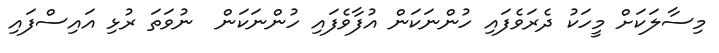
މިސާލަކަށް މީހަކު ދެރަވެފައި ހުންނަކަން އުފާވެފައި ހުންނަކަން  ނުވަތަ ރުޅި އައިސްފައި